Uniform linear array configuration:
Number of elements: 64
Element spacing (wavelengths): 0.75
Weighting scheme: exponential
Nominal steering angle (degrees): -45
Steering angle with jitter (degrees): -45.904
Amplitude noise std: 0.05
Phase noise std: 0.05

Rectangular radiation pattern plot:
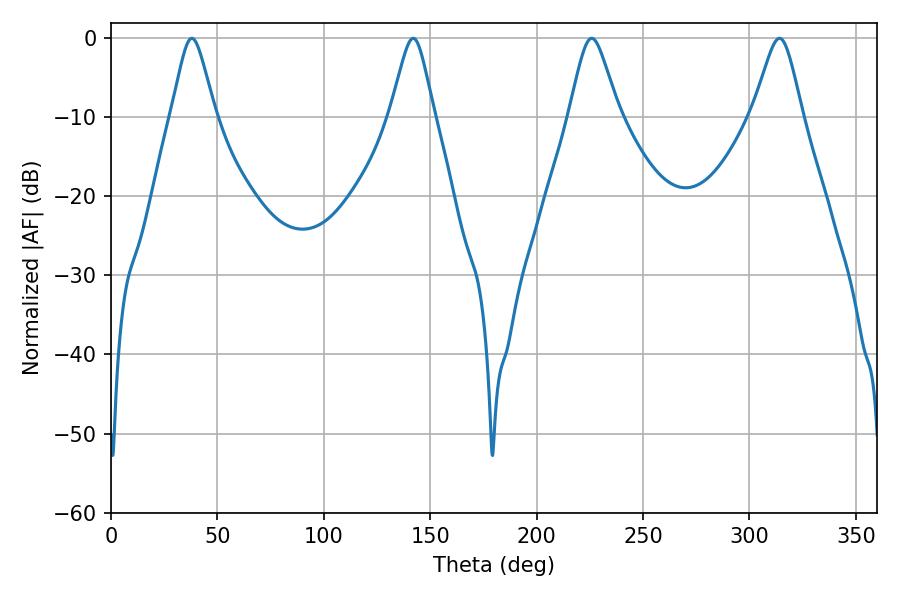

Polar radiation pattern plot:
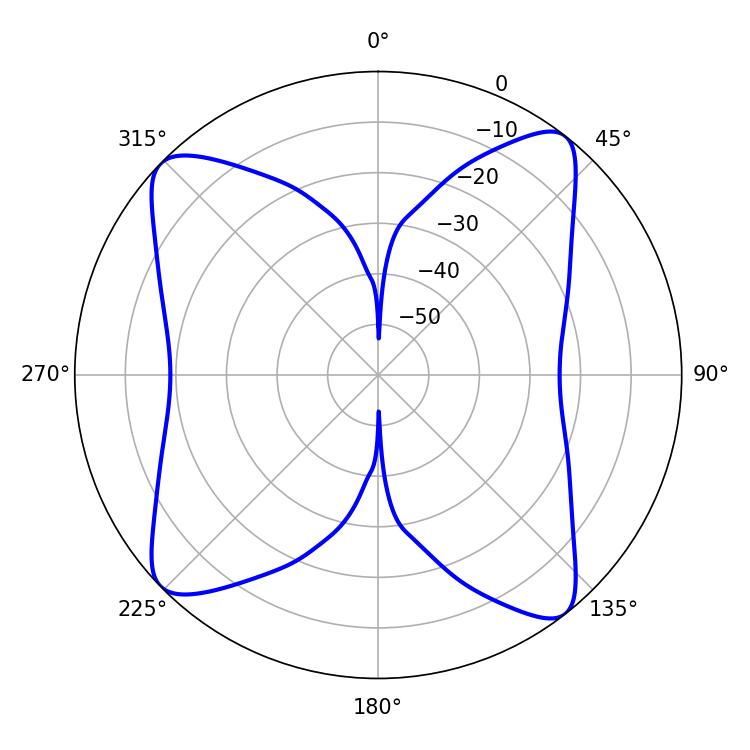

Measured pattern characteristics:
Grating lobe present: TRUE
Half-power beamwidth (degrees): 9.72
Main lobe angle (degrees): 37.98